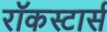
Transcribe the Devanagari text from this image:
रॉकस्टार्स